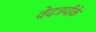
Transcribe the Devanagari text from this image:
वेदत्रयीके